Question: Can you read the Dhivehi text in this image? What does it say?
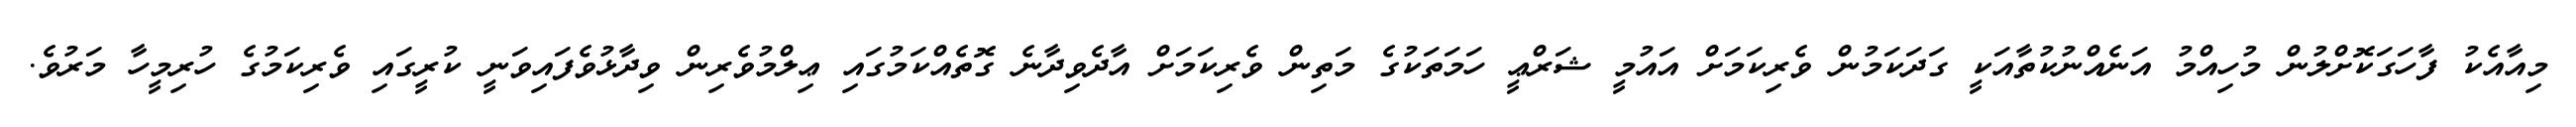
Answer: މިއާއެކު ފާހަގަކޮށްލުން މުހިއްމު އަނެއްނުކުތާއަކީ ގަދަކަމުން ވެރިކަމަށް އައުމީ ޝަރްޢީ ހަމަތަކުގެ މަތިން ވެރިކަމަށް އާދެވިދާނެ ގޮތެއްކަމުގައި ޢިލްމުވެރިން ވިދާޅުވެފައިވަނީ ކުރީގައި ވެރިކަމުގެ ހުރިމީހާ މަރުވެ.